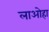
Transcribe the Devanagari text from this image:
लाओहा